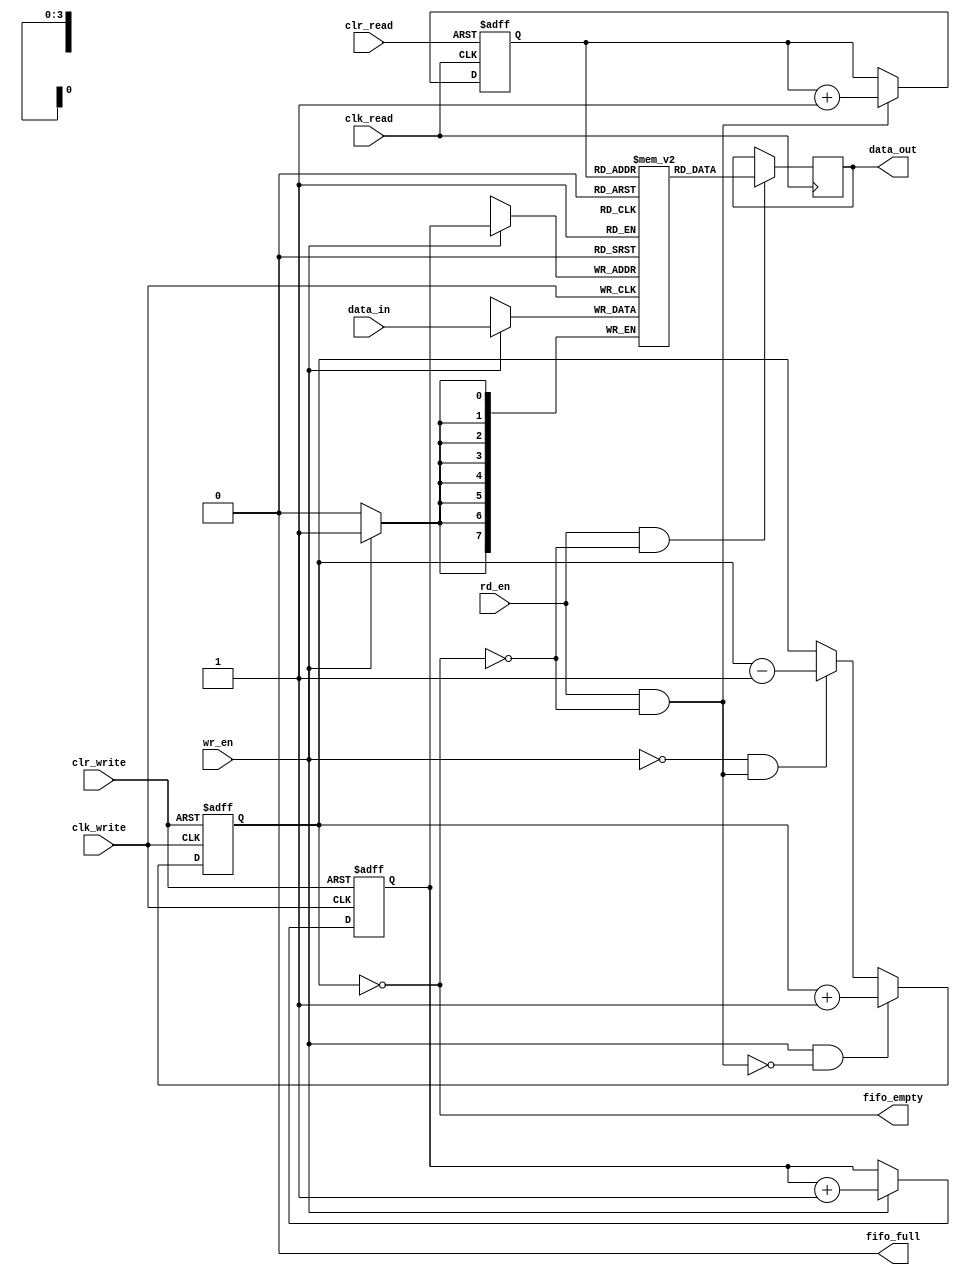
module async_fifo (
  input wire clk_write,
  input wire clr_write,
  input wire wr_en,
  input wire [7:0] data_in,
  output wire fifo_full,
  
  input wire clk_read,
  input wire clr_read,
  input wire rd_en,
  output wire [7:0] data_out,
  output wire fifo_empty
);

reg [7:0] fifo_mem [0:15];
reg [3:0] wr_ptr;
reg [3:0] rd_ptr;
reg [3:0] fifo_count;

wire wr_ptr_inc = wr_en & ~fifo_full;
wire rd_ptr_inc = rd_en & ~fifo_empty;

always@(posedge clk_write or posedge clr_write)
begin
  if(clr_write)
    wr_ptr <= 4'b0000;
  else if(wr_ptr_inc)
    wr_ptr <= wr_ptr + 1;
end

always@(posedge clk_read or posedge clr_read)
begin
  if(clr_read)
    rd_ptr <= 4'b0000;
  else if(rd_ptr_inc)
    rd_ptr <= rd_ptr + 1;
end

always@(posedge clk_write or posedge clr_write)
begin
  if(clr_write)
    fifo_count <= 4'b0000;
  else if(wr_ptr_inc && ~rd_ptr_inc)
    fifo_count <= fifo_count + 1;
  else if(~wr_ptr_inc && rd_ptr_inc)
    fifo_count <= fifo_count - 1;
end

assign fifo_full = (fifo_count == 16);
assign fifo_empty = (fifo_count == 0);

always@(posedge clk_write)
begin
  if(wr_en && ~fifo_full)
    fifo_mem[wr_ptr] <= data_in;
end

always@(posedge clk_read)
begin
  if(rd_en && ~fifo_empty)
    data_out <= fifo_mem[rd_ptr];
end

endmodule